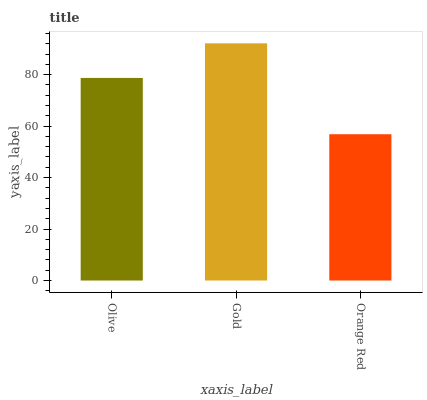
| xaxis_label | bars |
 | --- | --- |
 | Olive | 78.7 |
 | Gold | 92.2 |
 | Orange Red | 56.8 |